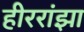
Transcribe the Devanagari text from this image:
हीररांझा